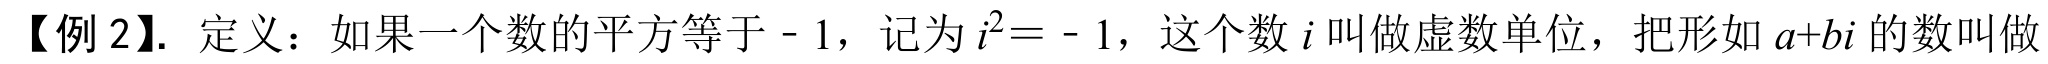
【例 2】. 定义：如果一个数的平方等于 - 1，记为 \(i^{2} = - 1\)，这个数 \(i\) 叫做虚数单位，把形如 \(a + bi\) 的数叫做